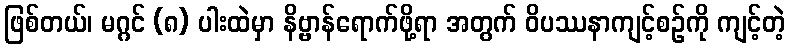
ဖြစ်တယ်၊ မဂ္ဂင် (၈) ပါးထဲမှာ နိဗ္ဗာန်ရောက်ဖို့ရာ အတွက် ဝိပဿနာကျင့်စဉ်ကို ကျင့်တဲ့